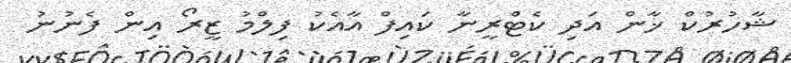
ޝާހުރުކް ޚާން އަދި ކެޓްރީނާ ކައިފް އާއެކު ފިލްމު ޒީރޯ އިން ފެނުނު